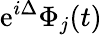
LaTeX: \mathrm{e}^{i\Delta}\Phi_{j}(t)